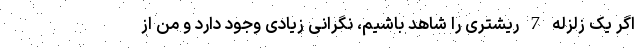
اگر یک زلزله 7 ریشتری را شاهد باشیم، نگرانی زیادی وجود دارد و من از